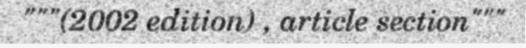
"""(2002 edition) , article section"""